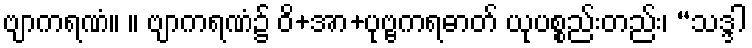
ဗျာကရဏံ။ ။ ဗျာကရဏံ၌ ဝိ+အာ+ပုဗ္ဗကရဓာတ် ယုပစ္စည်းတည်း၊ “သဒ္ဒါ